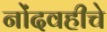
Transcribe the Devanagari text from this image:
नोंदवहीचे